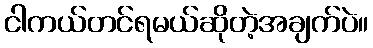
ငါကယ်တင်ရမယ်ဆိုတဲ့အချက်ပဲ။